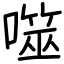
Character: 噬